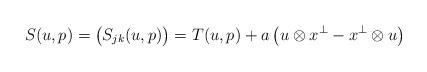
LaTeX: \begin{align*}S(u,p)=\big(S_{jk}(u,p)\big)=T(u,p)+a\left(u\otimes x^\perp-x^\perp\otimes u\right)\end{align*}